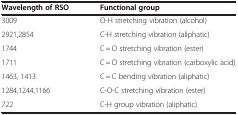
<table><thead><tr><td><b>Wavelength of RSO</b></td><td><b>Functional group</b></td></tr></thead><tbody><tr><td>3009</td><td>O-H stretching vibration (alcohol)</td></tr><tr><td>2921,2854</td><td>C-H stretching vibration (aliphatic)</td></tr><tr><td>1744</td><td>C = O stretching vibration (ester)</td></tr><tr><td>1711</td><td>C = O stretching vibration (carboxylic acid)</td></tr><tr><td>1463, 1413</td><td>C = C bending vibration (aliphatic)</td></tr><tr><td>1284,1244,1166</td><td>C-O-C stretching vibration (ester)</td></tr><tr><td>722</td><td>C-H group vibration (aliphatic)</td></tr></tbody></table>